Annual administration report of the Civil Veterinary Department, Ajmere-Merwara, British Rajputana - 1914-1940
Year: 1914
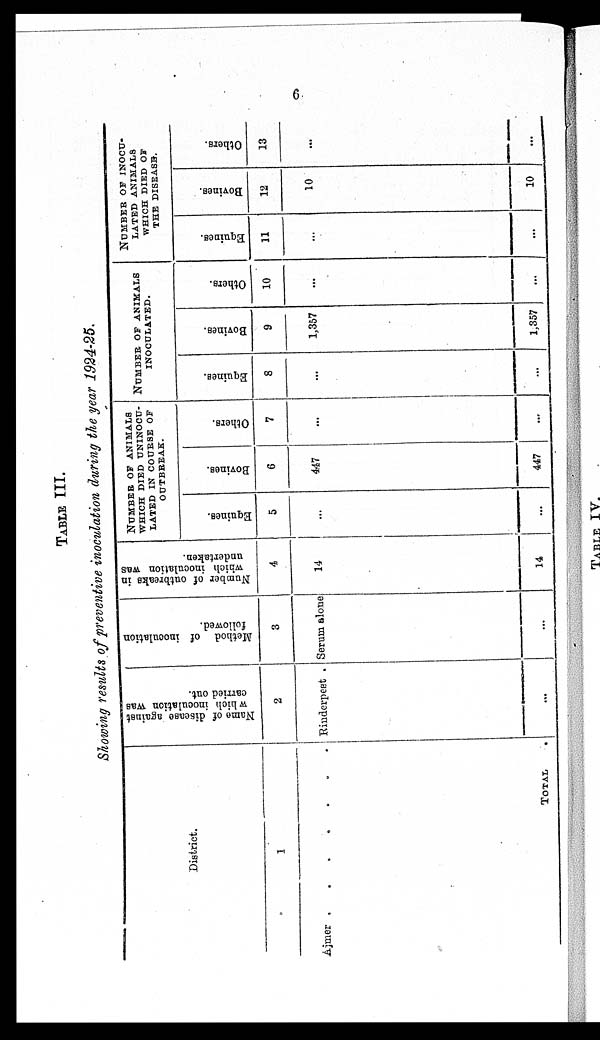
6
TABLE III.
Showing results of preventive inoculation during the year 1924-25.
District.
1
Ajmer
.
.
.
.
.
.
.
.
TOTAL
Name of disease against
which inoculation was
carried out.
2
Rinderpest
...
Method of inoculation
followed.
3
Serum alone
...
Number of outbreaks in
which inoculation was
undertaken.
4
14
14
NUMBER OF ANIMALS
WHICH DIED UNINOCU¬
LATED IN COURSE OF
OUTBREAK.
Equines.
5
...
...
Bovines.
6
447
447
Others.
7
...
...
NUMBER OF ANIMALS
INOCULATED.
Equines.
8
...
...
Bovines.
9
1,357
1,357
Others.
10
...
...
NUMBER
OF
INOCU-
-----
ANIMALS
WHICH DIED OF
THE DISEASE.
Equines.
11
...
...
Bovines.
12
10
10
Others.
13
...
...